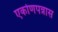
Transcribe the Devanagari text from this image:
एकोणपन्नास